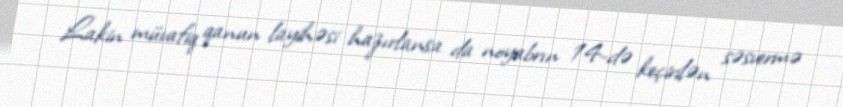
Lakin müvafiq qanun layihəsi hazırlansa da noyabrın 14-də keçirilən səsvermə